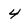
Character: 4